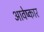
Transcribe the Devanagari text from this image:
आवेष्कार